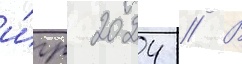
и́гр 2024 // В